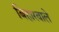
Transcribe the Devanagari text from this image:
बिहारवाले